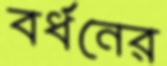
বর্ধনের